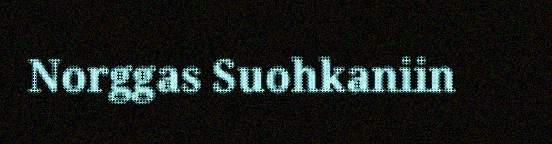
Norggas Suohkaniin